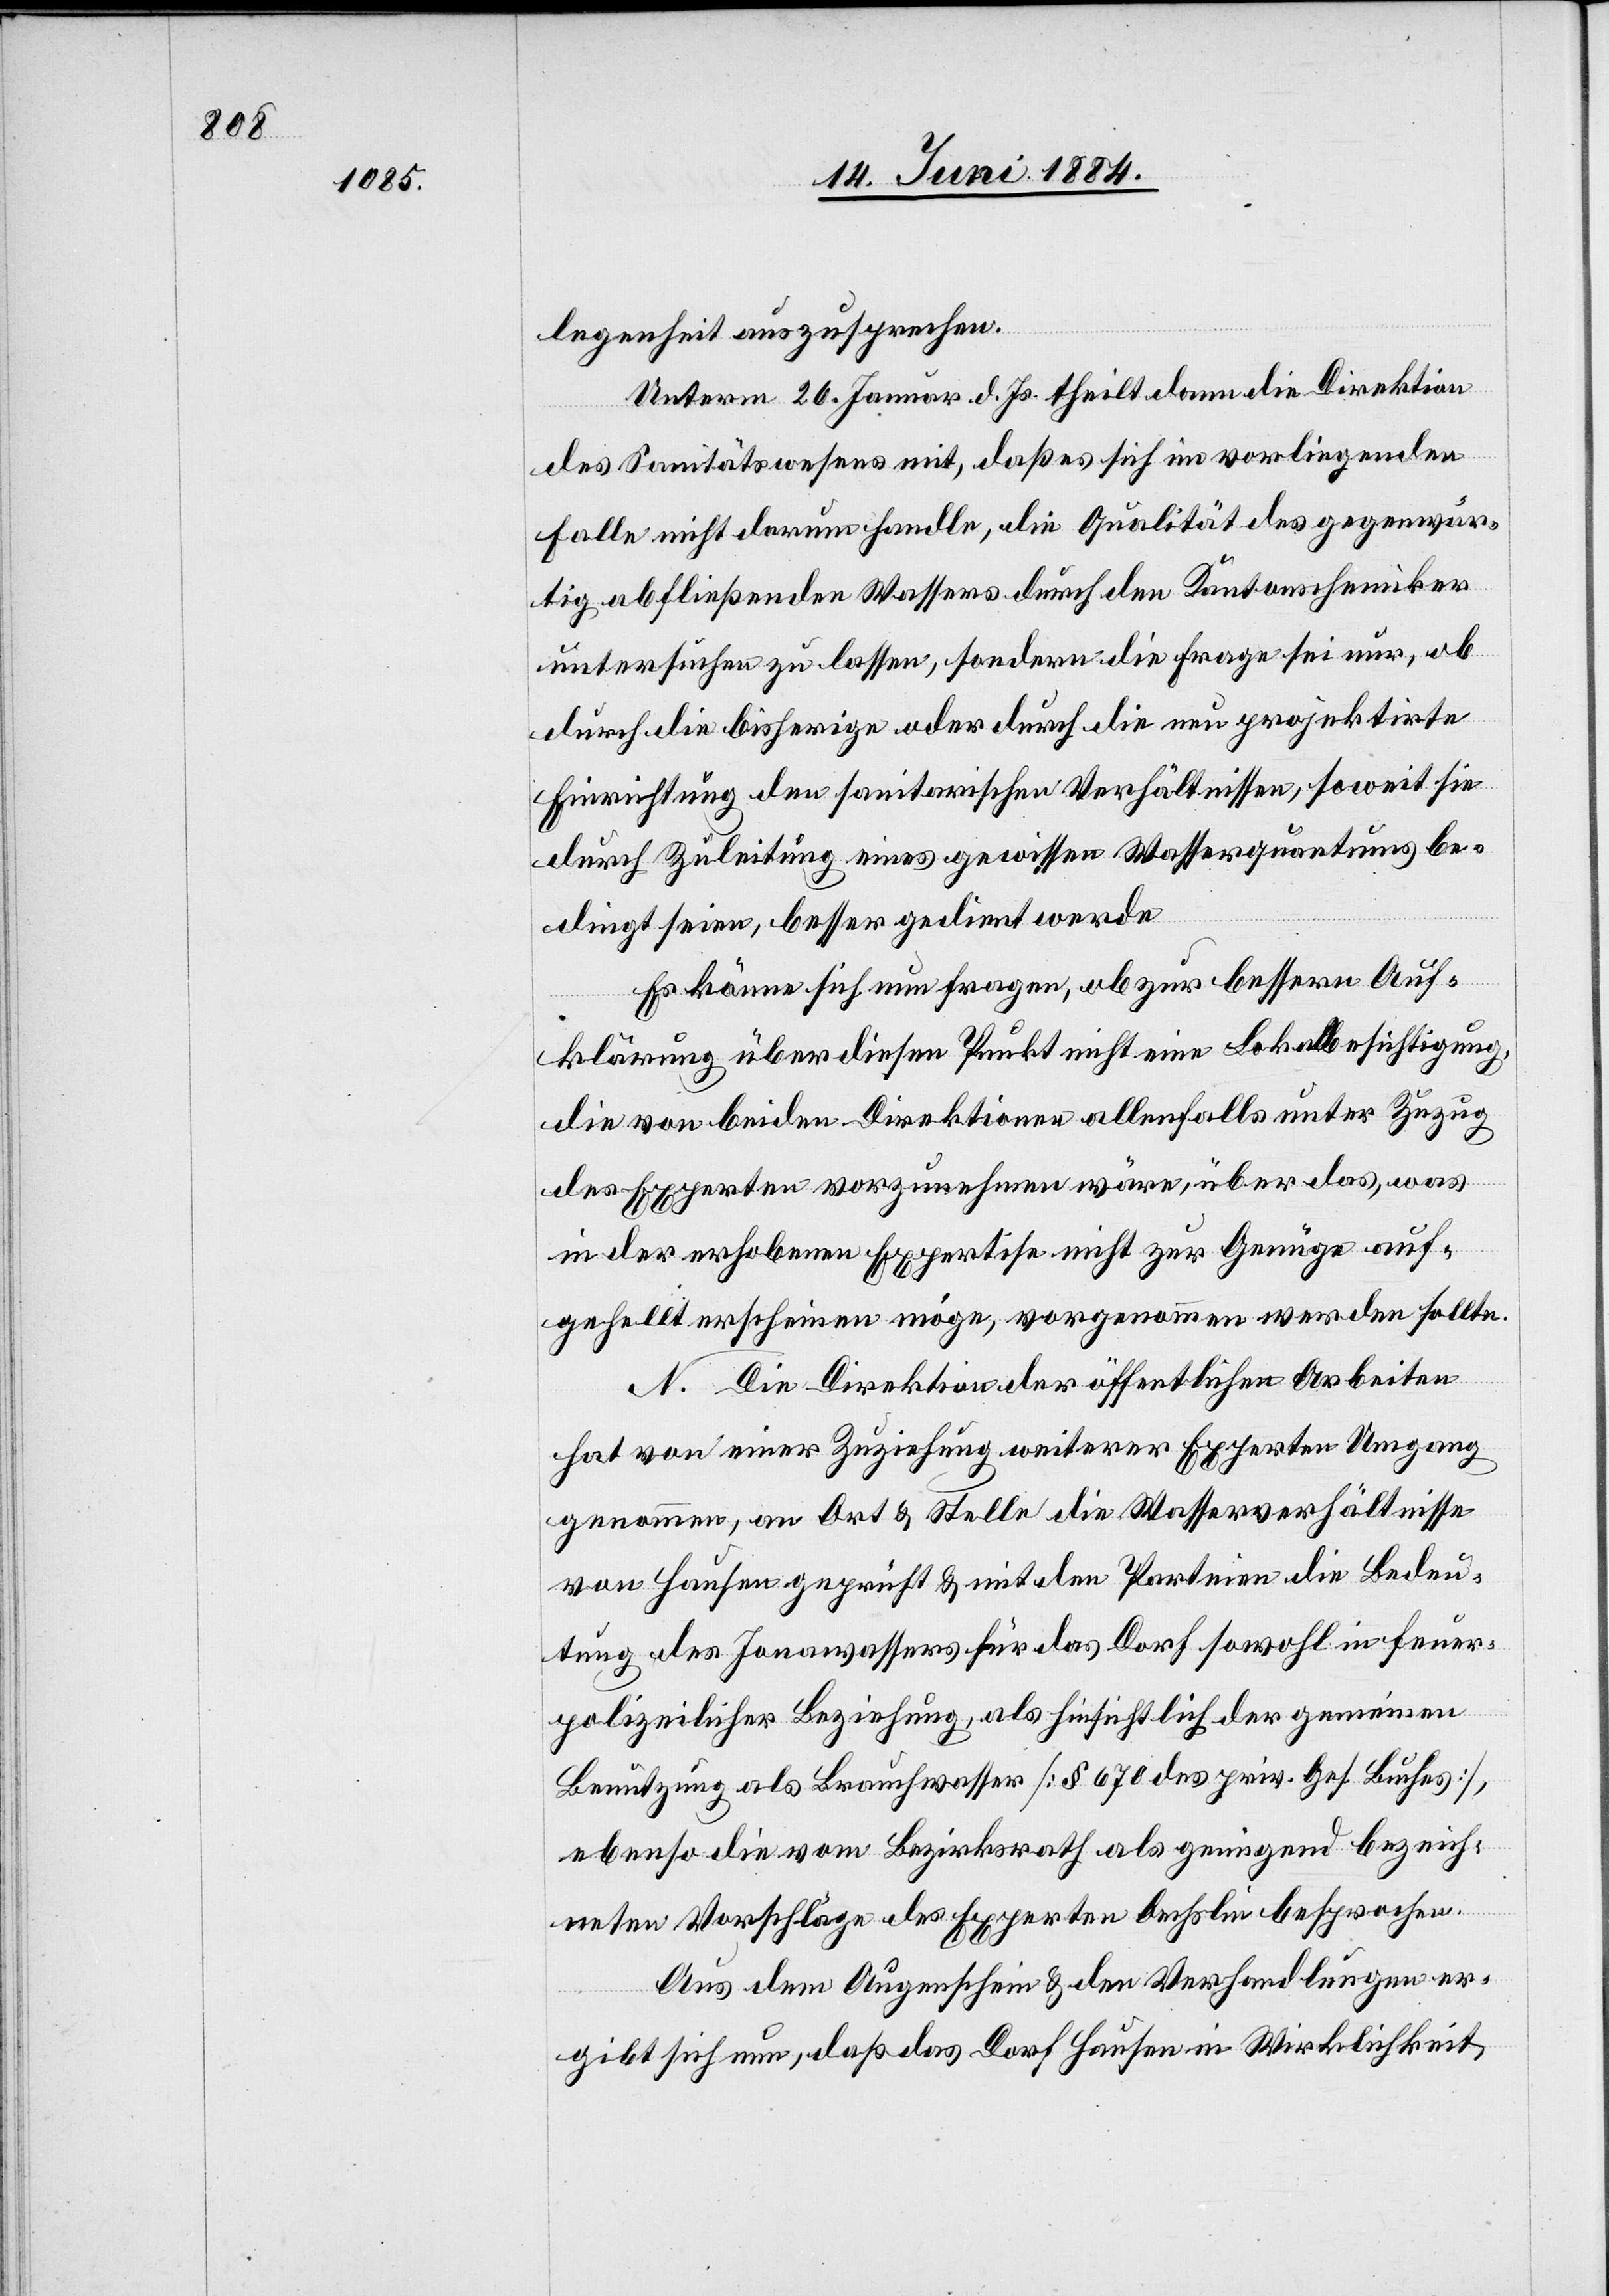
legenheit auszusprechen.
Unterm 20. Januar d. Js. theilt dann die Direktion
des Sanitätswesens mit, daß es sich im vorliegenden
Falle nicht drum handle, die Qualität des gegenwär¬
tig abfließenden Wassers durch den Kantonschemiker
untersuchen zu lassen, sondern die Frage sei nur, ob
durch die bisherige oder durch die neu projektirte
Einrichtung den sanitarischen Verhältnissen, soweit sie
durch Zuleitung eines gewissen Wasserquantums be¬
dingt seien, besser gedient werde.
Es könne sich nun fragen, ob zur bessern Auf¬
klärung über diesen Punkt nicht eine Lokalbesichtigung,
die von beiden Direktionen allenfalls unter Zuzug
des Experten vorzunehmen wäre, über das, was
in der erhobenen Expertise nicht zur Genüge auf¬
gestellt erscheinen möge, vorgenommen werden sollte.
N. Die Direktion der öffentlichen Arbeiten
hat von einer Zuziehung weiterer Experten Umgang
genommen, an Ort & Stelle die Wasserverhältnisse
von Hausen geprüft & mit den Parteien die Bedeu¬
tung des Jonawassers für das Dorf sowohl in feuer¬
polizeilicher Beziehung, als hinsichtlich der gemeinen
Benutzung als Brauchwasser [§ 670 des priv. Ges. Buches],
ebenso die vom Bezirksrath als genügend bezeich¬
neten Vorschläge des Experten Oechslin besprochen.
Aus dem Augenschein & den Verhandlungen er¬
gibt sich nun, daß das Dorf Hausen in Wirklichkeit,